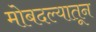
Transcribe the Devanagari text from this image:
मोबदल्यातून